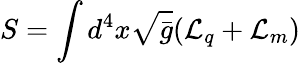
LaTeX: S=\int d^{4}x\sqrt{\bar{g}}({\cal{L}}_{q}+{\cal{L}}_{m})